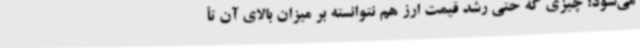
می‌شود؛ چیزی که حتی رشد قیمت ارز هم نتوانسته بر میزان بالای آن تأ